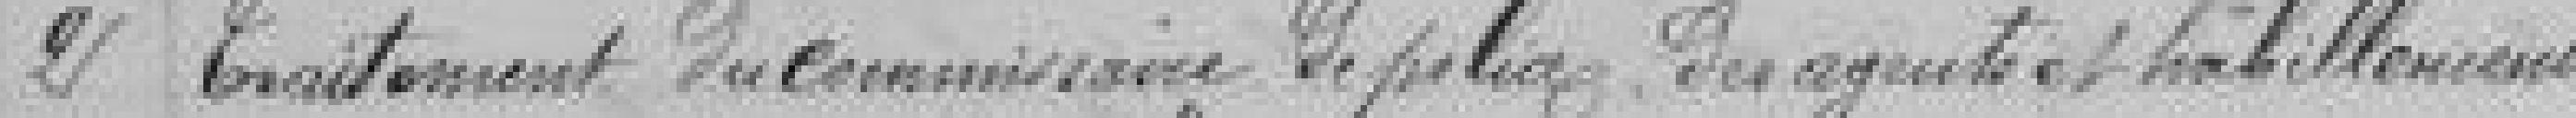
2 Traitement du commissaire de police, des agents et habillement